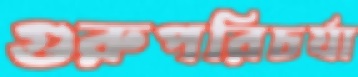
গুরুপরিচর্যা